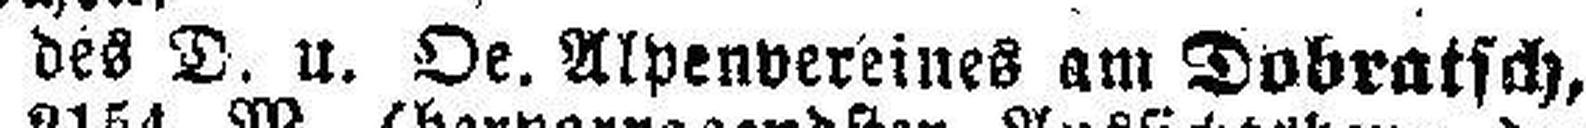
des D. u. Oe. Alpenvereines am Dobratsch,